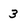
Character: 3